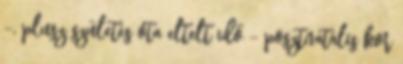
-, plusz születés óta eltelt idő - posztnatális kor